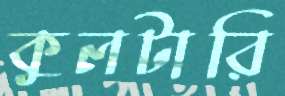
কুলটারি